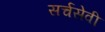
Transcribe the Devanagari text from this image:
सर्चसेवी